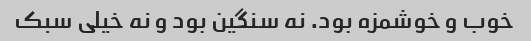
خوب و خوشمزه بود. نه سنگین بود و نه خیلی سبک